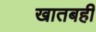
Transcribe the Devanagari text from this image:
खातबही